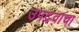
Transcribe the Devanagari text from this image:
उपद्रवाचा